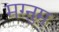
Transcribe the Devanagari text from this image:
मग्नुम